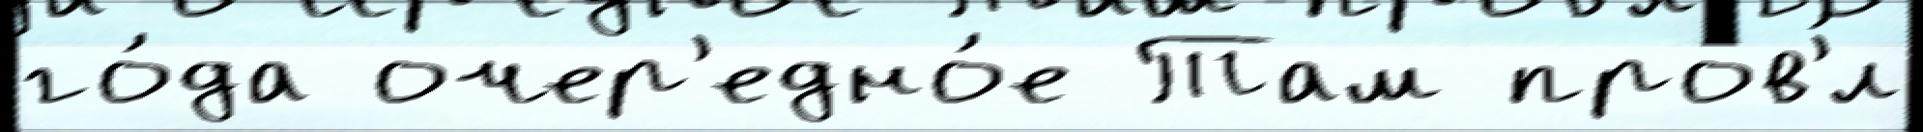
го́да очер'едно́е Там пров'́л